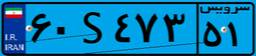
۶۰S۴۷۳۵۱